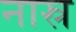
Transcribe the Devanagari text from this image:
नास्र